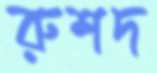
রুশদ